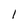
Character: 1